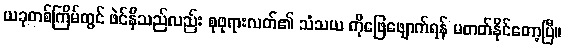
ယခုတစ်ကြိမ်တွင် ဖဲင်နီသည်လည်း စုဖုရားလတ်၏ သံသယ ကိုဖြေဖျောက်ရန် မတတ်နိုင်တော့ပြီ။